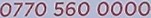
0770 560 0000